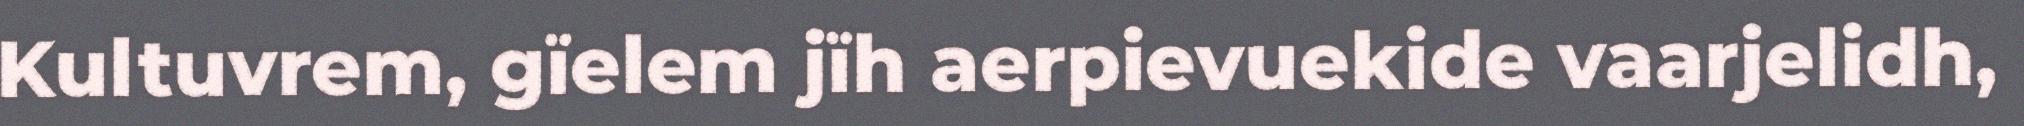
Kultuvrem, gïelem jïh aerpievuekide vaarjelidh,